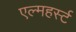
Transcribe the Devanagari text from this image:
एल्महर्स्ट